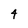
Character: 4